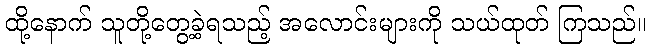
ထို့နောက် သူတို့တွေ့ခဲ့ရသည့် အလောင်းများကို သယ်ထုတ် ကြသည်။